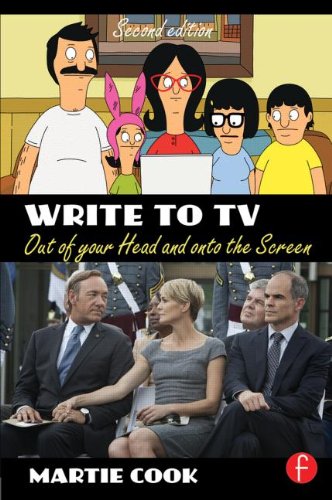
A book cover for Write to TV: Out of Your Head and onto the Screen; Martie Cook; Humor & Entertainment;